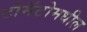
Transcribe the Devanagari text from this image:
टोमॅटोमधील